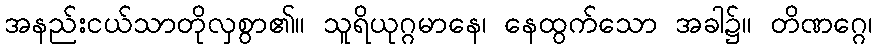
အနည်းငယ်သာတိုလှစွာ၏။ သူရိယုဂ္ဂမာနေ၊ နေထွက်သော အခါ၌။ တိဏဂ္ဂေ၊